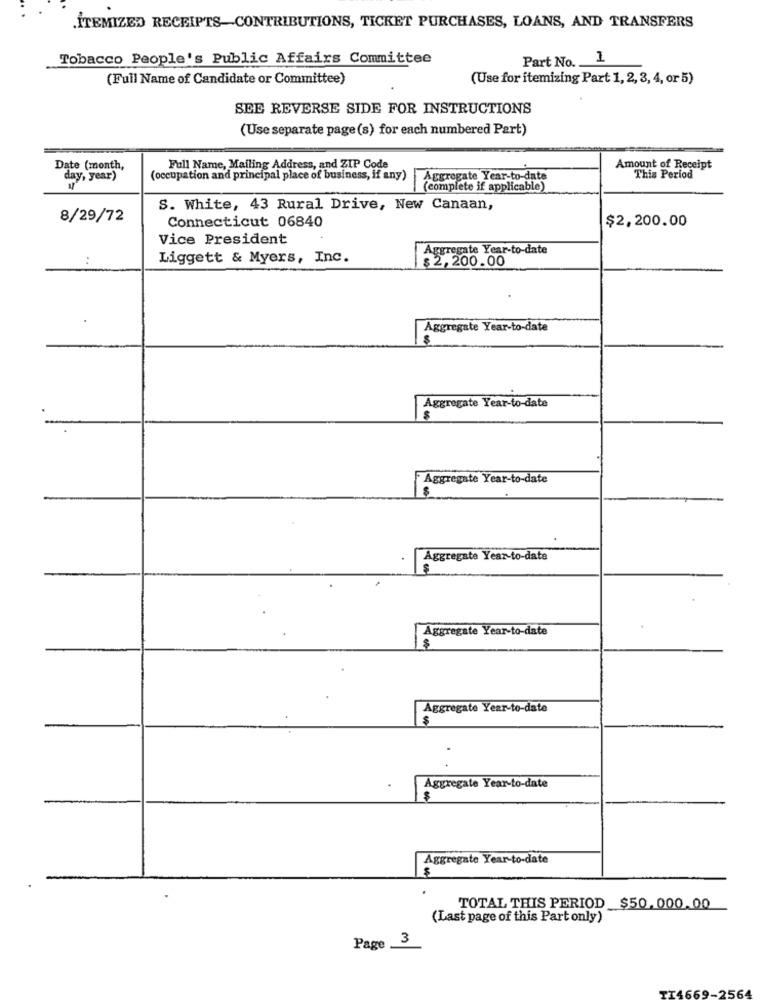
ITEMIZED RECEIPTS-CONTRIBUTIONS, TICKET PURCHASES, LOANS, AND TRANSFERS
Tobacco People's Public Affairs Committee
Part No.
1
(Full Name of Candidate or Committee)
(Use for itemizing Part 1, 2, 3, 4, or 5)
SEE REVERSE SIDE FOR INSTRUCTIONS
(Use separate page (s) for each numbered Part)
Date (month,
Full Name, Mailing Address, and ZIP Code
Amount of Receipt
day, year)
(occupation and principal place of business, if any)
Aggregate Year-to-date
This Period
(complete if applicable)
S. White, 43 Rural Drive, New Canaan,
8/29/72
$2,200.00
Connecticut 06840
Vice President
Aggregate Year-to-date
Liggett & Myers, Inc.
$2,200.00
...
Aggregate Year-to-date
Aggregate Year-to-date
Aggregate Year-to-date
Aggregate Year-to-date
Aggregate Year-to-date
$
Aggregate Year-to-date
$
Aggregate Year-to-date
Aggregate Year-to-date
$
TOTAL THIS PERIOD $50, 000.00
(Last page of this Part only)
3
Page .